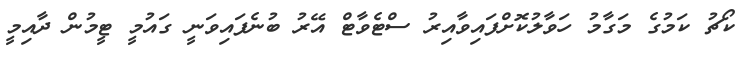
ކޯޗު ކަމުގެ މަގާމު ހަވާލުކޮށްފައިވާއިރު ސްޓެވާޓް އޭރު ބުނެފައިވަނީ ގައުމީ ޓީމުން ދާއިމީ